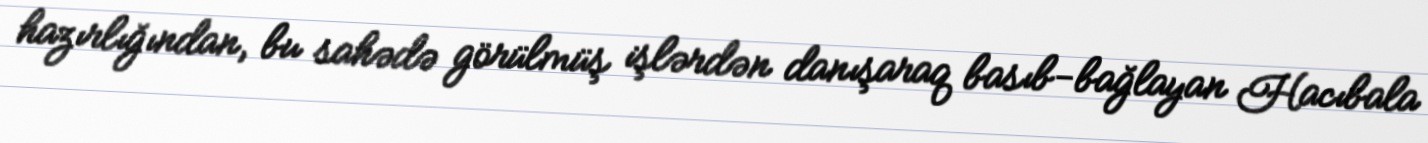
hazırlığından, bu sahədə görülmüş işlərdən danışaraq basıb-bağlayan Hacıbala